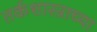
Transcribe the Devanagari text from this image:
तर्कशास्त्राच्या